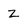
Character: z